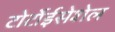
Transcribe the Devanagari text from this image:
टोर्टोईसेशेल